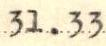
31.33